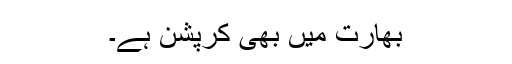
بھارت میں بھی کرپشن ہے۔